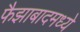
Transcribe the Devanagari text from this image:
फैझाबादमध्ये